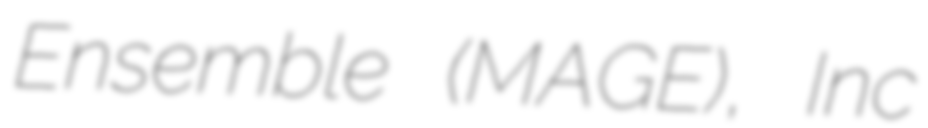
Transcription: Ensemble (MAGE), Inc